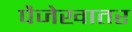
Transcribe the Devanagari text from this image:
पैजेखातर